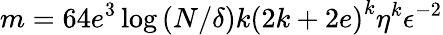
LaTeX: m=64e^{3}\log\left(N/\delta\right)k\left(2k+2e\right)^{k}\eta^{k}\epsilon^{-2}